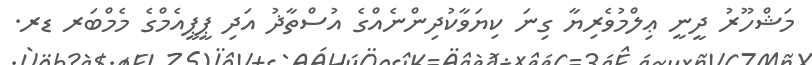
މަޝްހޫރު ދީނީ ޢިލްމުވެރިޔާ ގިނަ ކިޔަވާކުދިންނެއްގެ އުސްތާޛު އަދި ޕީޕީއެމްގެ މެމްބަރ ޑރ.